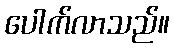
ပေါက်လာသည်။